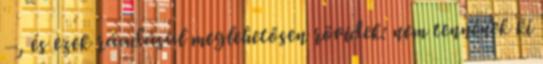
–, és ezek ráadásul meglehetősen rövidek: nem tennének ki